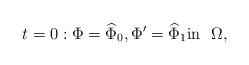
LaTeX: \begin{align*} t=0:\Phi=\widehat{\Phi}_0, \Phi'=\widehat{\Phi}_1 \hbox{in} ~~ \Omega,\end{align*}